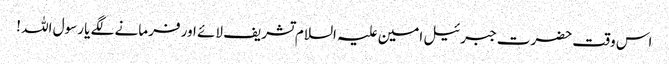
اس وقت حضرت جبرئیل امین علیہ السلام تشریف لائے اور فرمانے لگے یا رسول اللہ !